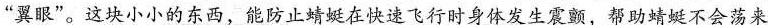
”翼眼”。这块小小的东西，能防止蜻蜓在快速飞行时身体发生震颤，帮助蜻蜓不会荡来